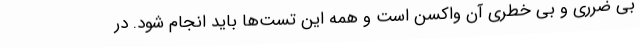
بی ضرری و بی خطری آن واکسن است و همه این تست‌ها باید انجام شود. در